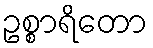
ဥစ္စာရိတော